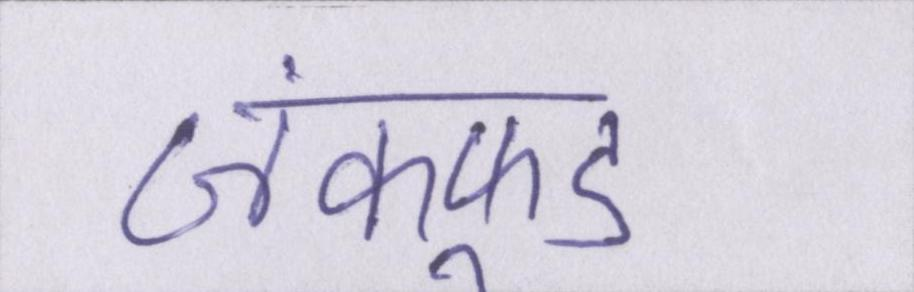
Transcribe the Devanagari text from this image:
जंकफूड